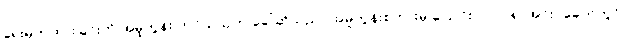
ရေးမှတ်ထားခြင်းကို အမူကွန်း တင်သည်ဟု ခေါ်ဆိုသည်။ အမူကွန်းစကားမှ ပြောင်းလဲလာ၍ အင်းဝခေတ်တွင်